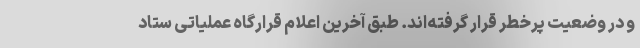
و در وضعیت پرخطر قرار گرفته‌اند. طبق آخرین اعلام قرارگاه عملیاتی ستاد